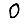
Digit: 0